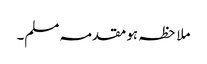
ملاحظہ ہو مقدمہ مسلم۔